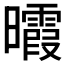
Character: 𣌊